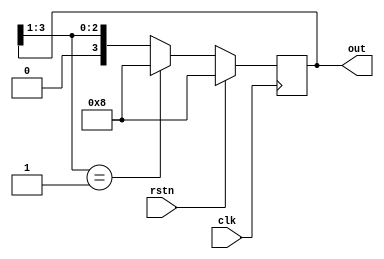
module ring_ctr (input clk,rstn,
                 output reg [3:0]out
  );    
  always@(posedge clk)
    begin
      if(rstn)
        out=4'b1000;
      else begin
        out=out>>1;
        if(out==0001)
         #1 out=1000;
      end
    end
endmodule